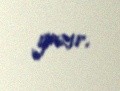
yazır.